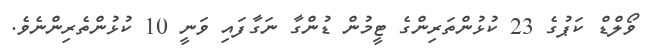
ވޯލްޑް ކަޕުގެ 23 ކުޅުންތަރިންގެ ޓީމުން ޑުންގާ ނަގާފައި ވަނީ 10 ކުޅުންތެރިންނެވެ.